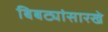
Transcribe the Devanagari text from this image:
बिबट्यांसारखे